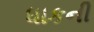
ધાકની